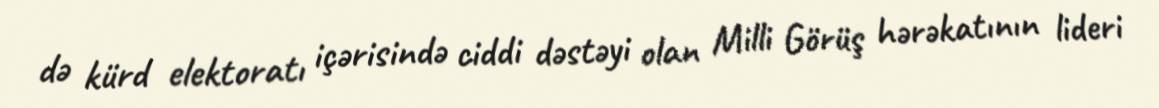
də kürd elektoratı içərisində ciddi dəstəyi olan Milli Görüş hərəkatının lideri